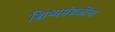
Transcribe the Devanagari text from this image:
शिष्यमंडळींना